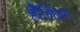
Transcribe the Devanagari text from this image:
हीलियम्